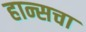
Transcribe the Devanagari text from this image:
हान्सचा